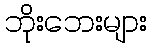
ဘိုးဘေးများ